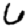
Digit: 6